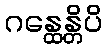
ဂန္ထေန္တိပိ